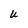
Character: U